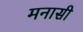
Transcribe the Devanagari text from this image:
मनासी